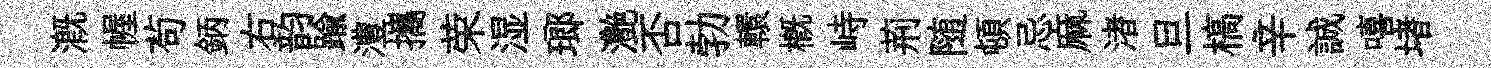
溉幄茍鈵右韵踰澧攜荣湿瑯灔否勃轘概峙荊随頓忌麻渚旦槁辛誠嘻堵